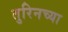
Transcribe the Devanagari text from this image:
तुरिनच्या